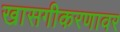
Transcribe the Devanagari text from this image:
खासगीकरणावर